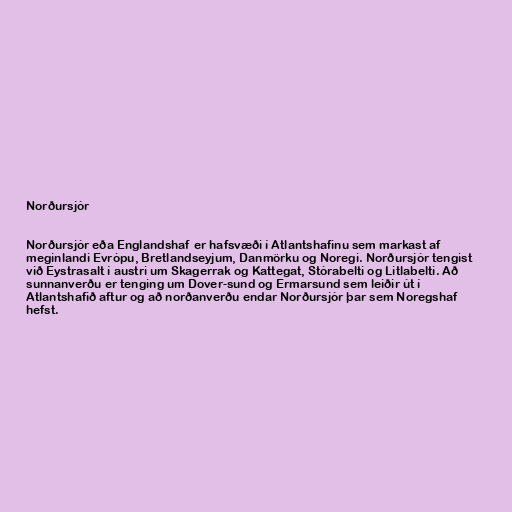
Norðursjór

Norðursjór eða Englandshaf er hafsvæði í Atlantshafinu sem markast af
meginlandi Evrópu, Bretlandseyjum, Danmörku og Noregi. Norðursjór tengist
við Eystrasalt í austri um Skagerrak og Kattegat, Stórabelti og Litlabelti. Að
sunnanverðu er tenging um Dover-sund og Ermarsund sem leiðir út í
Atlantshafið aftur og að norðanverðu endar Norðursjór þar sem Noregshaf
hefst.